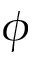
\phi